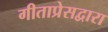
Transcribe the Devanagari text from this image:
गीताप्रेसद्वारा